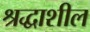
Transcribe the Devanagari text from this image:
श्रद्धाशील